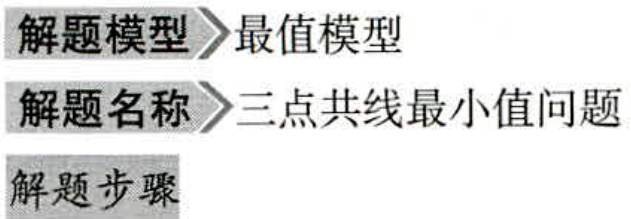
\begin{enumerate}
\item 解题模型$\to$最值模型
\item 解题名称$\to$三点共线最小值问题
\item 解题步骤
\end{enumerate}